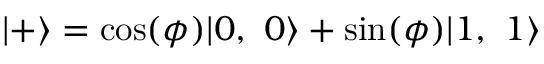
| + \rangle = \cos ( \phi ) | 0 , \ 0 \rangle + \sin ( \phi ) | 1 , \ 1 \rangle